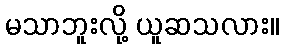
မသာဘူးလို့ ယူဆသလား။